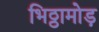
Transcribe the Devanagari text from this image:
भिठ्ठामोड़